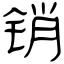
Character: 销